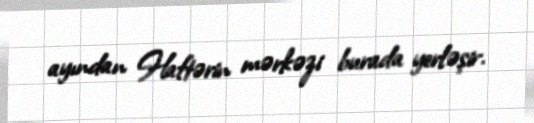
ayından Haftərin mərkəzi burada yerləşir.